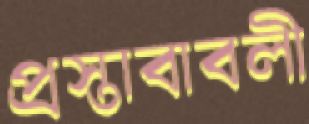
প্রস্তাবাবলী